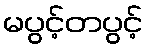
မပွင့်တပွင့်